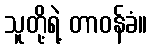
သူတို့ရဲ့ တာဝန်ခံ။